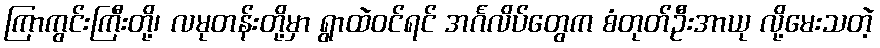
ကြာကွင်းကြီးတို့၊ လမုတန်းတို့မှာ ရွာထဲဝင်ရင် အင်္ဂလိပ်တွေက စံတုတ်ဦးအာယု လို့မေးသတဲ့